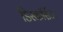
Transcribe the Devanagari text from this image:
डिस्कॉर्सेज